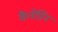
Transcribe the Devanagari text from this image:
कैनेडिन